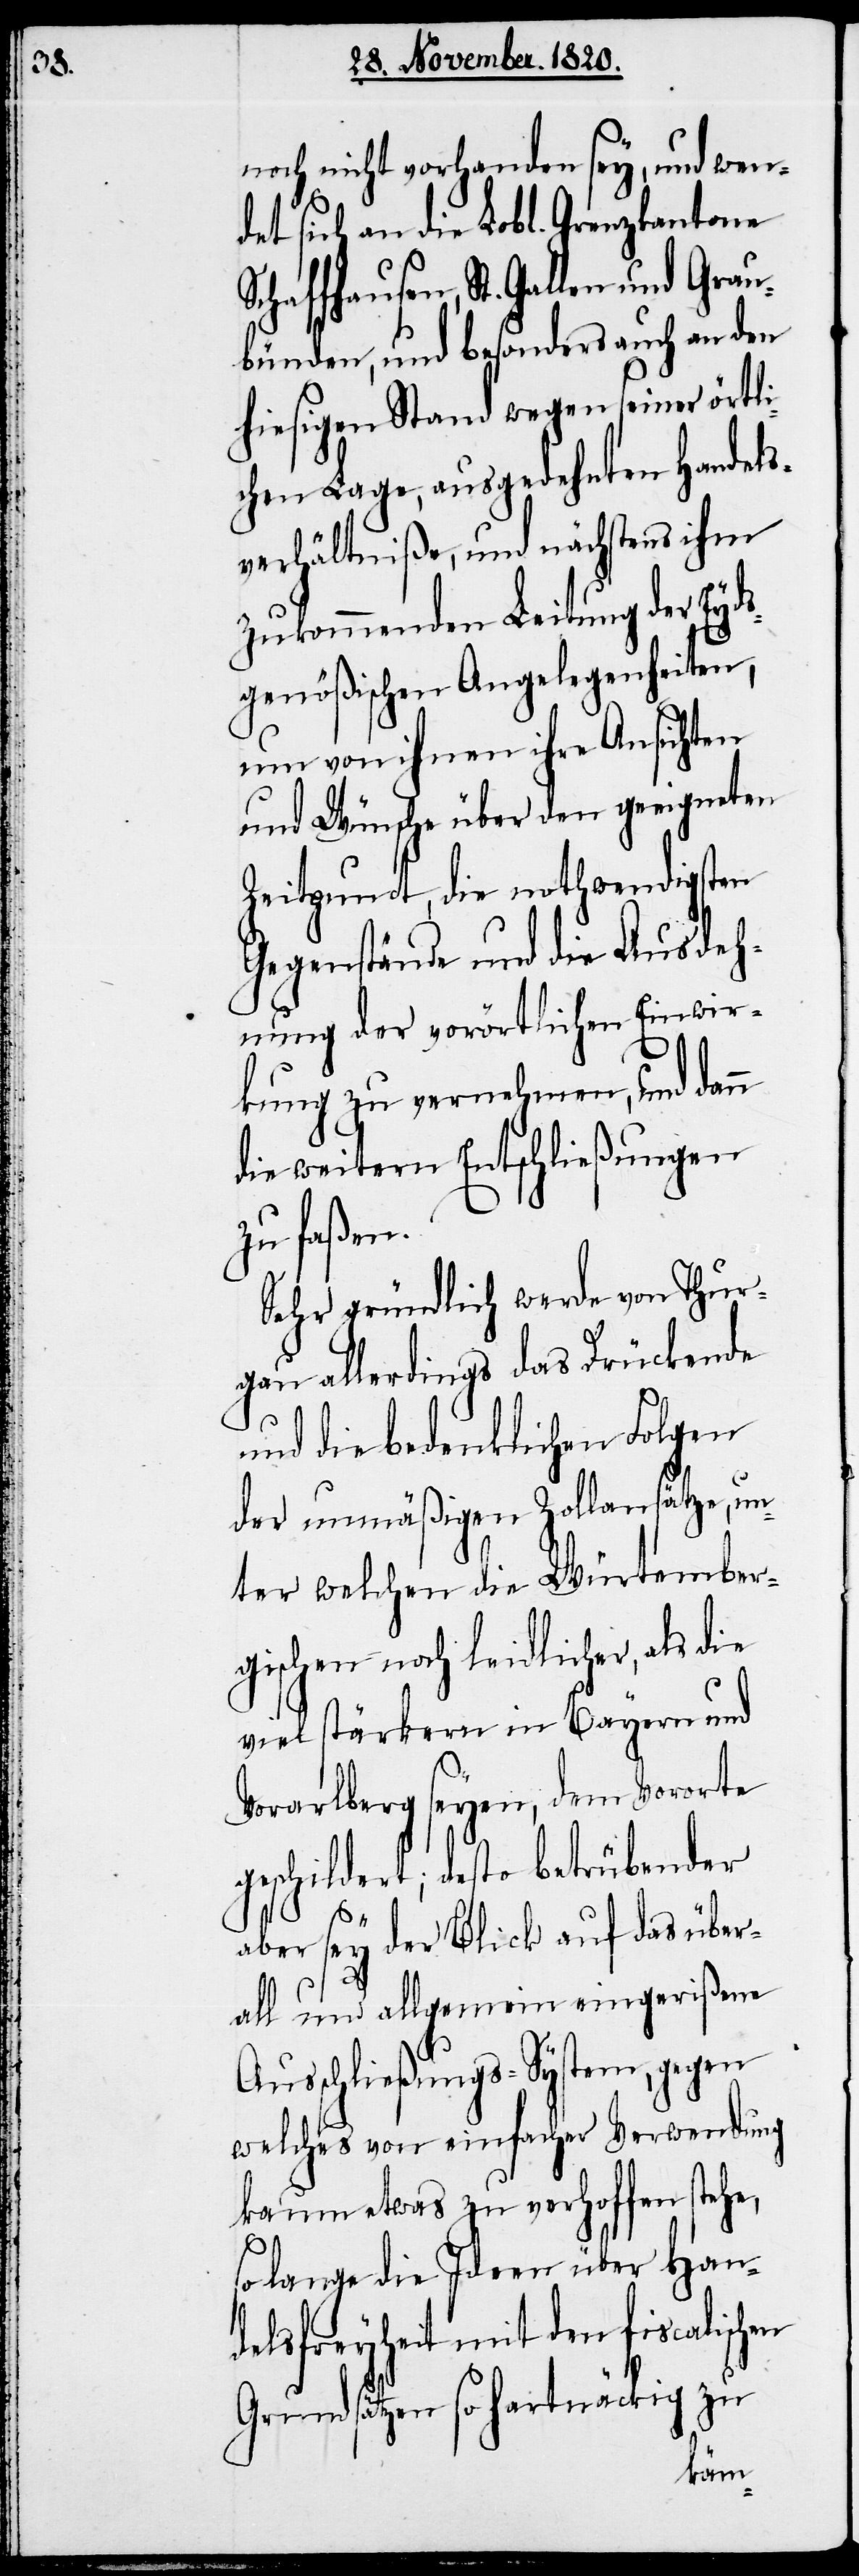
noch nicht vorhanden sey, und wen¬
det sich an die Lobl. Grenzkantone
Schaffhausen, St. Gallen und
bünden, und besonders auch an den
hiesigen Stand wegen seiner örtli¬
chen Lage, ausgedehnten Handels¬
verhältniße, und nächstens ihm
zukommenden Leitung der Eyds¬
genößischen Angelegenheiten,
um von ihnen ihre Ansichten
und Wünsche über den geeigneten
Zeitpunct, die nothwendigsten
Gegenstände und die Ausdeh¬
nung der vorörtlichen Einwir¬
kung zu vernehmen, und dann
die weitern Entschließungen
zu faßen.
Sehr gründlich werde von Thur¬
gau allerdings das Drückende
und die bedenklichen Folgen
der unmäßigen Zollansätze, un¬
ter welchen die Würtember¬
gischen noch leidlicher, als die
viel stärkern in Bayern und
Vorarlberg seyen, dem Vororte
geschildert; desto betrübender
aber sey der Blick auf das über¬
all und allgemein eingerißene
Ausschließungs-System, gegen
welches von einfacher Verwendung
kaum etwas zu verhoffen stehe,
so lange die Ideen über Han¬
delsfreyheit mit den fiscalisch¬
Grundsätzen so hartnäckig zu
en